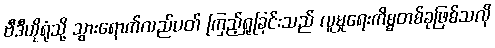
ဗီဒီယိုရုံသို့ သွားရောက်လည်ပတ် ကြည့်ရှုခြင်းသည် လူမှုရေးကိစ္စတစ်ခုဖြစ်သလို